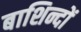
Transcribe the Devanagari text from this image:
बाशिन्दों